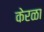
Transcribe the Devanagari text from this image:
केरळा